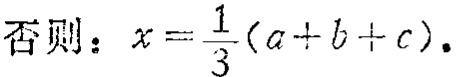
否则：\(x = \frac{1}{3}(a + b + c)\)